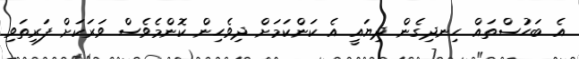
އެ ބަހުސްތައް ހިނދިގެން ދިޔައީ އެ ކަންކަމަށް ދިވެހިން ކޮންމެވެސް ވަރަކަށް ފަރިތަވި